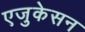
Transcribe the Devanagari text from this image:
एजुकेसन